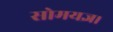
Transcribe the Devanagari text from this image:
सोमयज्ञ।